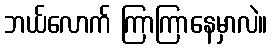
ဘယ်လောက် ကြာကြာနေမှာလဲ။